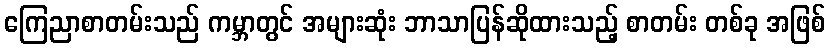
ကြေညာစာတမ်းသည် ကမ္ဘာတွင် အများဆုံး ဘာသာပြန်ဆိုထားသည့် စာတမ်း တစ်ခု အဖြစ်